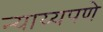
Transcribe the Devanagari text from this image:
न्याय्यपणे